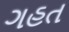
ગહત